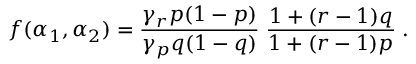
f ( \alpha _ { 1 } , \alpha _ { 2 } ) = \frac { \gamma _ { r } p ( 1 - p ) } { \gamma _ { p } q ( 1 - q ) } \; \frac { 1 + ( r - 1 ) q } { 1 + ( r - 1 ) p } \; .